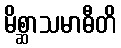
မိစ္ဆာသမာဓီတိ